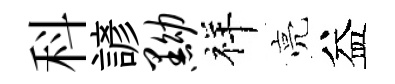
科諺黝祥亮益